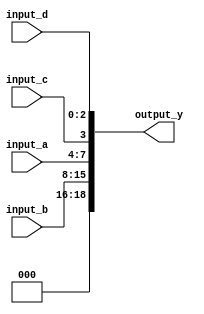
module concatenation_example (
    input wire [3:0] input_a,    // 4-bit input
    input wire [7:0] input_b,    // 8-bit input
    input wire        input_c,    // 1-bit input
    input wire [2:0] input_d,    // 3-bit input
    output wire [18:0] output_y   // 18-bit output (4 + 8 + 1 + 3)
);

// Continuous Assignment for Concatenation
assign output_y = {input_b, input_a, input_c, input_d};

endmodule